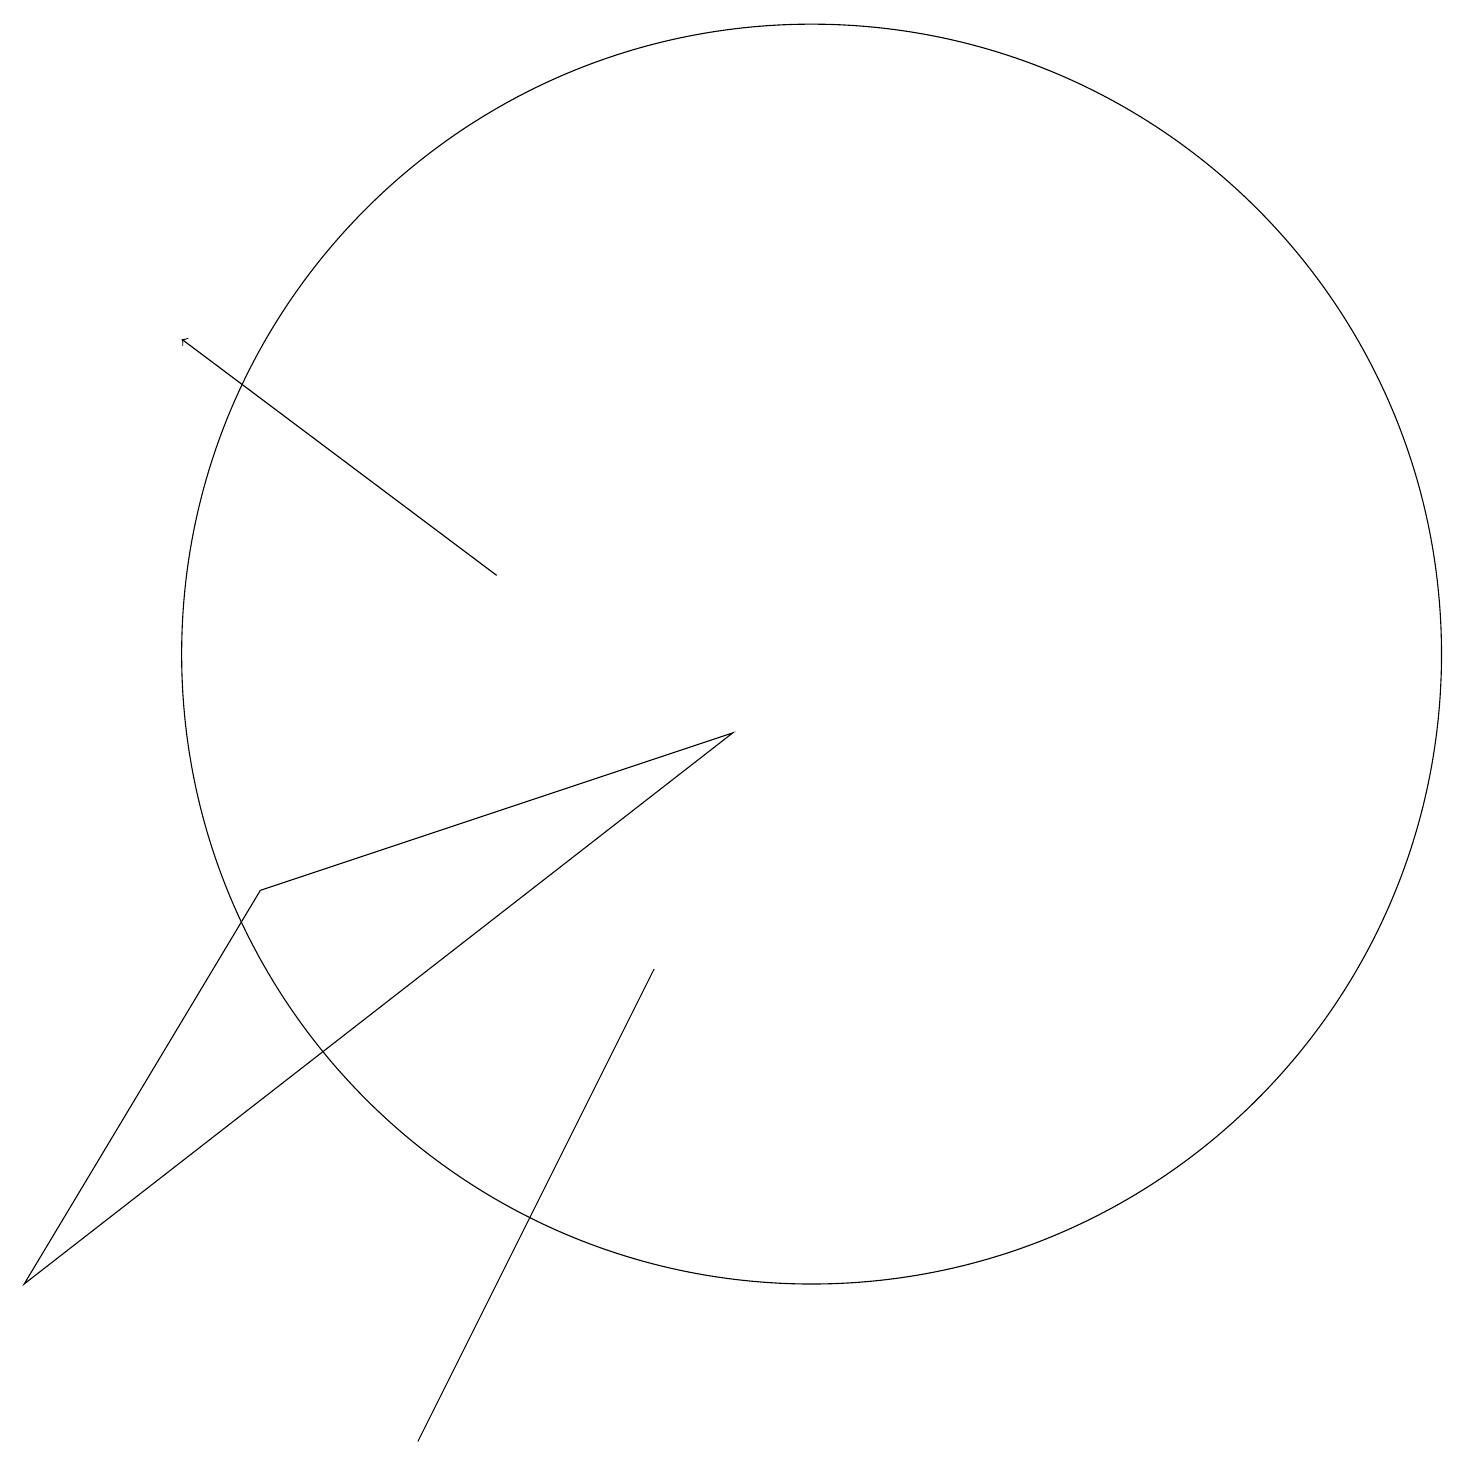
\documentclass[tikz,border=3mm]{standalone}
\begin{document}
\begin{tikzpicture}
\draw (10,10) circle (8);
\draw (8,6) -- (8,6) -- (5,0) -- cycle;
\draw[->] (6,11) -- (2,14);
\draw (9,9) -- (0,2) -- (3,7) -- cycle;
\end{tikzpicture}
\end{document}